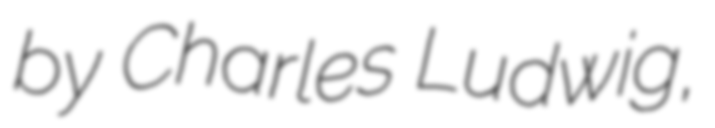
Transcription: by Charles Ludwig,